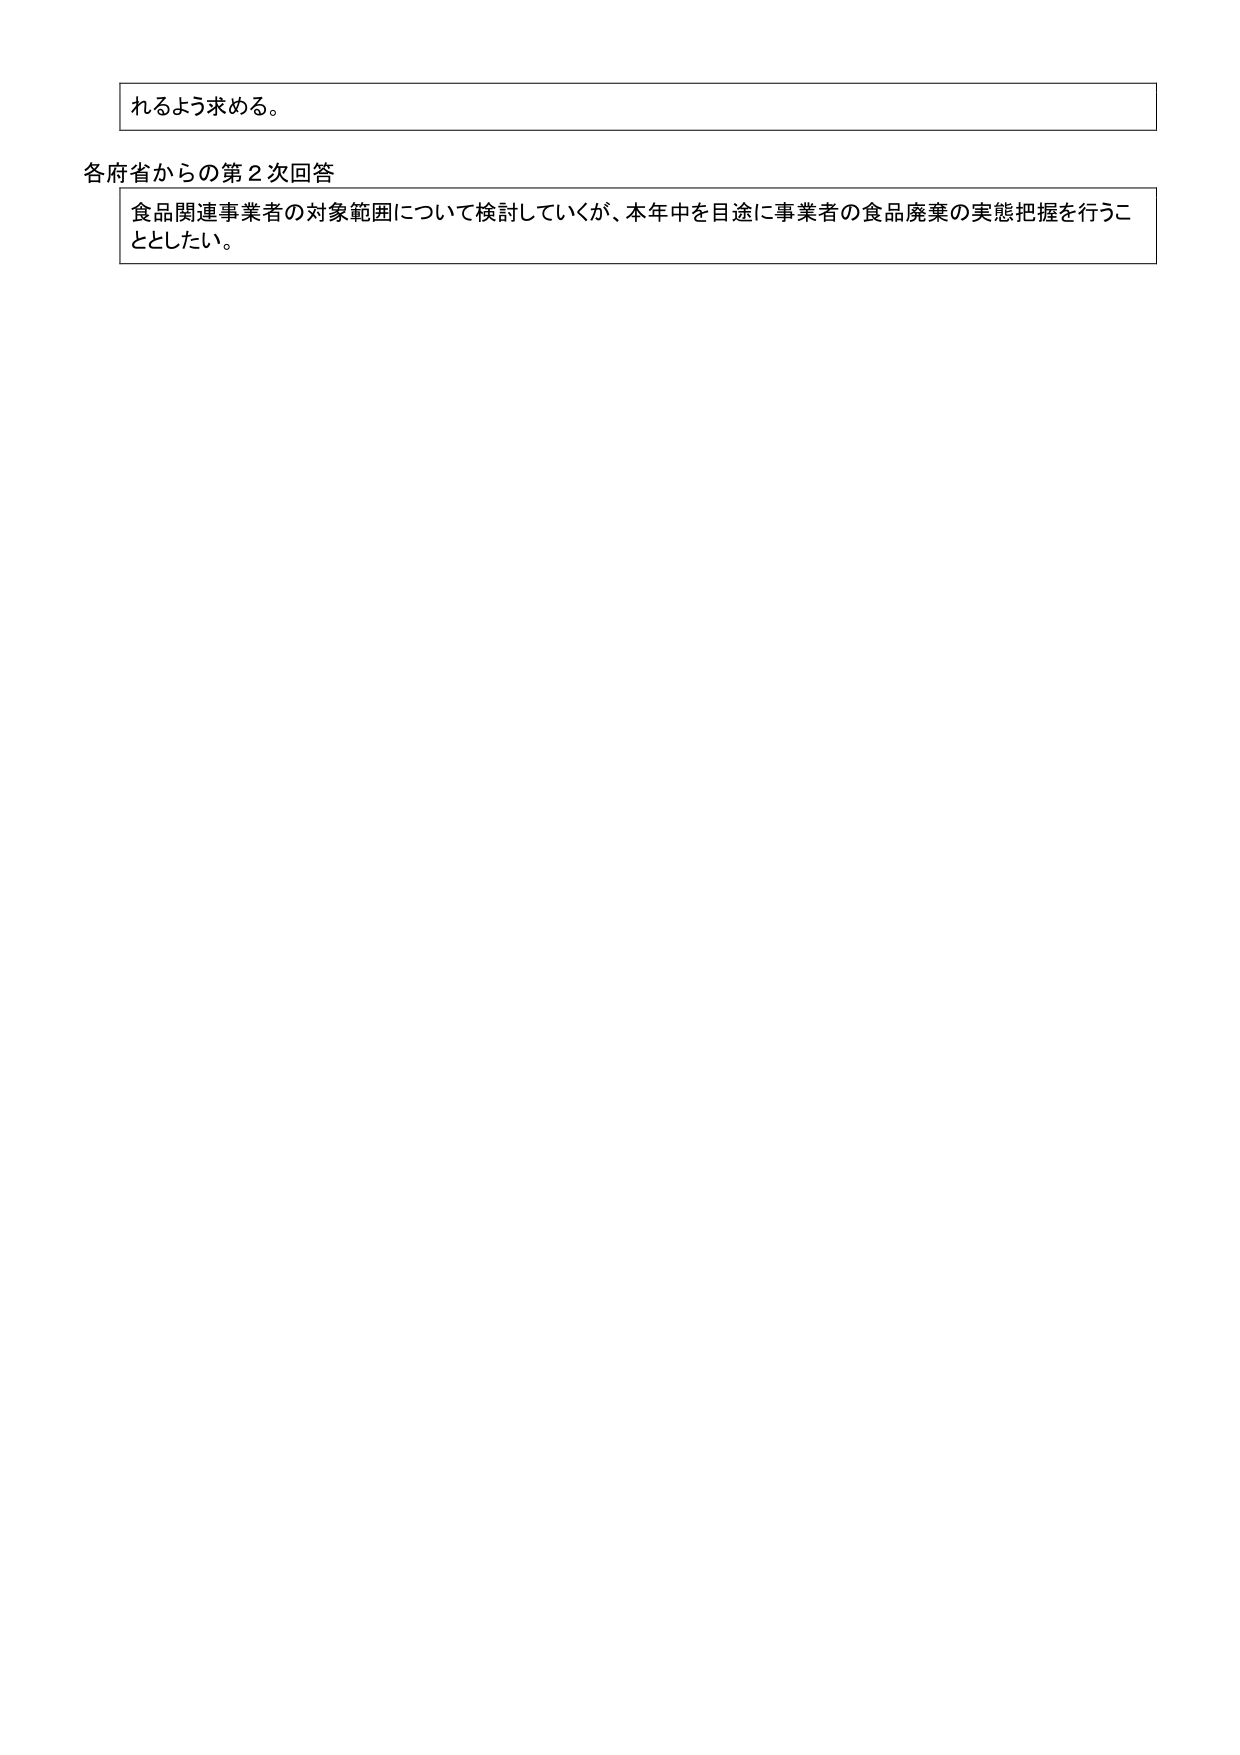
れるよう求める。

各府省からの第２次回答
食品関連事業者の対象範囲について検討していくが、本年中を目途に事業者の食品廃棄の実態把握を行うこととしたい。